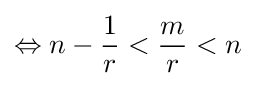
\Leftrightarrow n-{\frac {1}{r}}<{\frac {m}{r}}<n